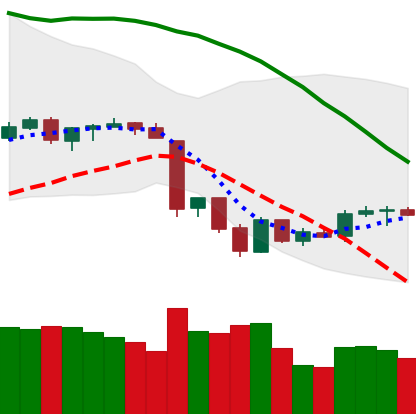
Ticker: BTC-USD
Chart end date: 2018-06-21
Forward return: -9.452%
Label: down_7plus